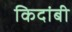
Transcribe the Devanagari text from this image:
किदांबी